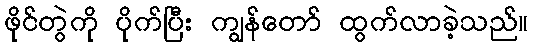
ဖိုင်တွဲကို ပိုက်ပြီး ကျွန်တော် ထွက်လာခဲ့သည်။